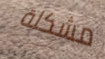
مشكلة